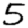
Digit: 5